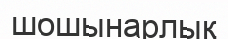
шошынарлық